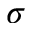
\sigma